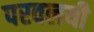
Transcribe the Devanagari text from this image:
परवलयी